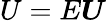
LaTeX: U=E\boldsymbol{U}